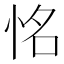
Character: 𢙛